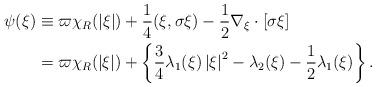
LaTeX: \begin{align*}\begin{aligned}\psi(\xi) &\equiv \varpi \chi_{R}(|\xi|) +\frac{1}{4}(\xi,\sigma\xi)-\frac{1}{2} \nabla_\xi \cdot \left[\sigma\xi\right]\\&= \varpi \chi_{R}(|\xi|)+ \left\{ \frac{3}{4}\lambda_1(\xi) \left|\xi\right|^2 -\lambda_2(\xi) -\frac{1}{2}\lambda_1(\xi)\right\}.\end{aligned}\end{align*}